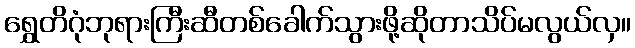
ရွှေတိဂုံဘုရားကြီးဆီတစ်ခေါက်သွားဖို့ဆိုတာသိပ်မလွယ်လှ။